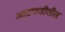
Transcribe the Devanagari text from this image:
आटपाडीतील